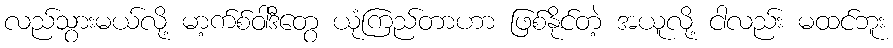
လည်သွားမယ်လို့ မာ့က်စ်ဝါဒီတွေ ယုံကြည်တာဟာ ဖြစ်နိုင်တဲ့ အယူလို့ ငါလည်း မထင်ဘူး